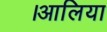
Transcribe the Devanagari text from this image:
।आलिया